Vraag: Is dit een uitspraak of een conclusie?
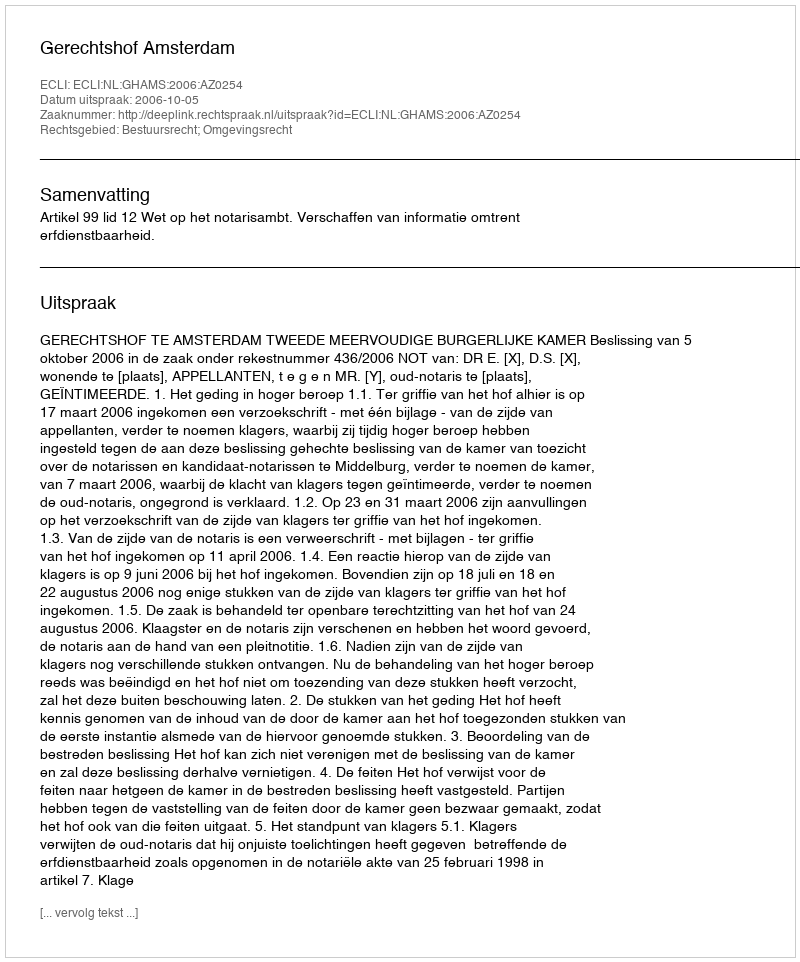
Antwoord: Uitspraak